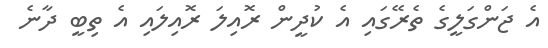
އެ ޖަންގަލީގެ ތެރޭގައި އެ ކުދީން ރޮއިލަ ރޮއިލައި އެ ތިބީ ދާނެ